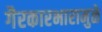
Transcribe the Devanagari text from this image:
गैरकारभारामुळे